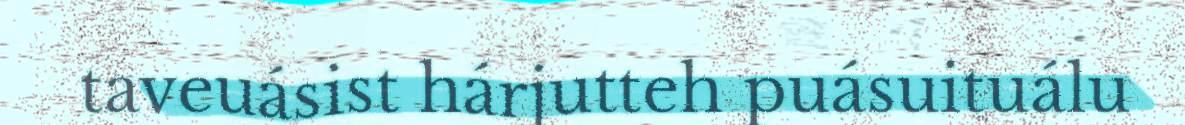
taveuásist hárjutteh puásuituálu